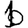
Digit: 1